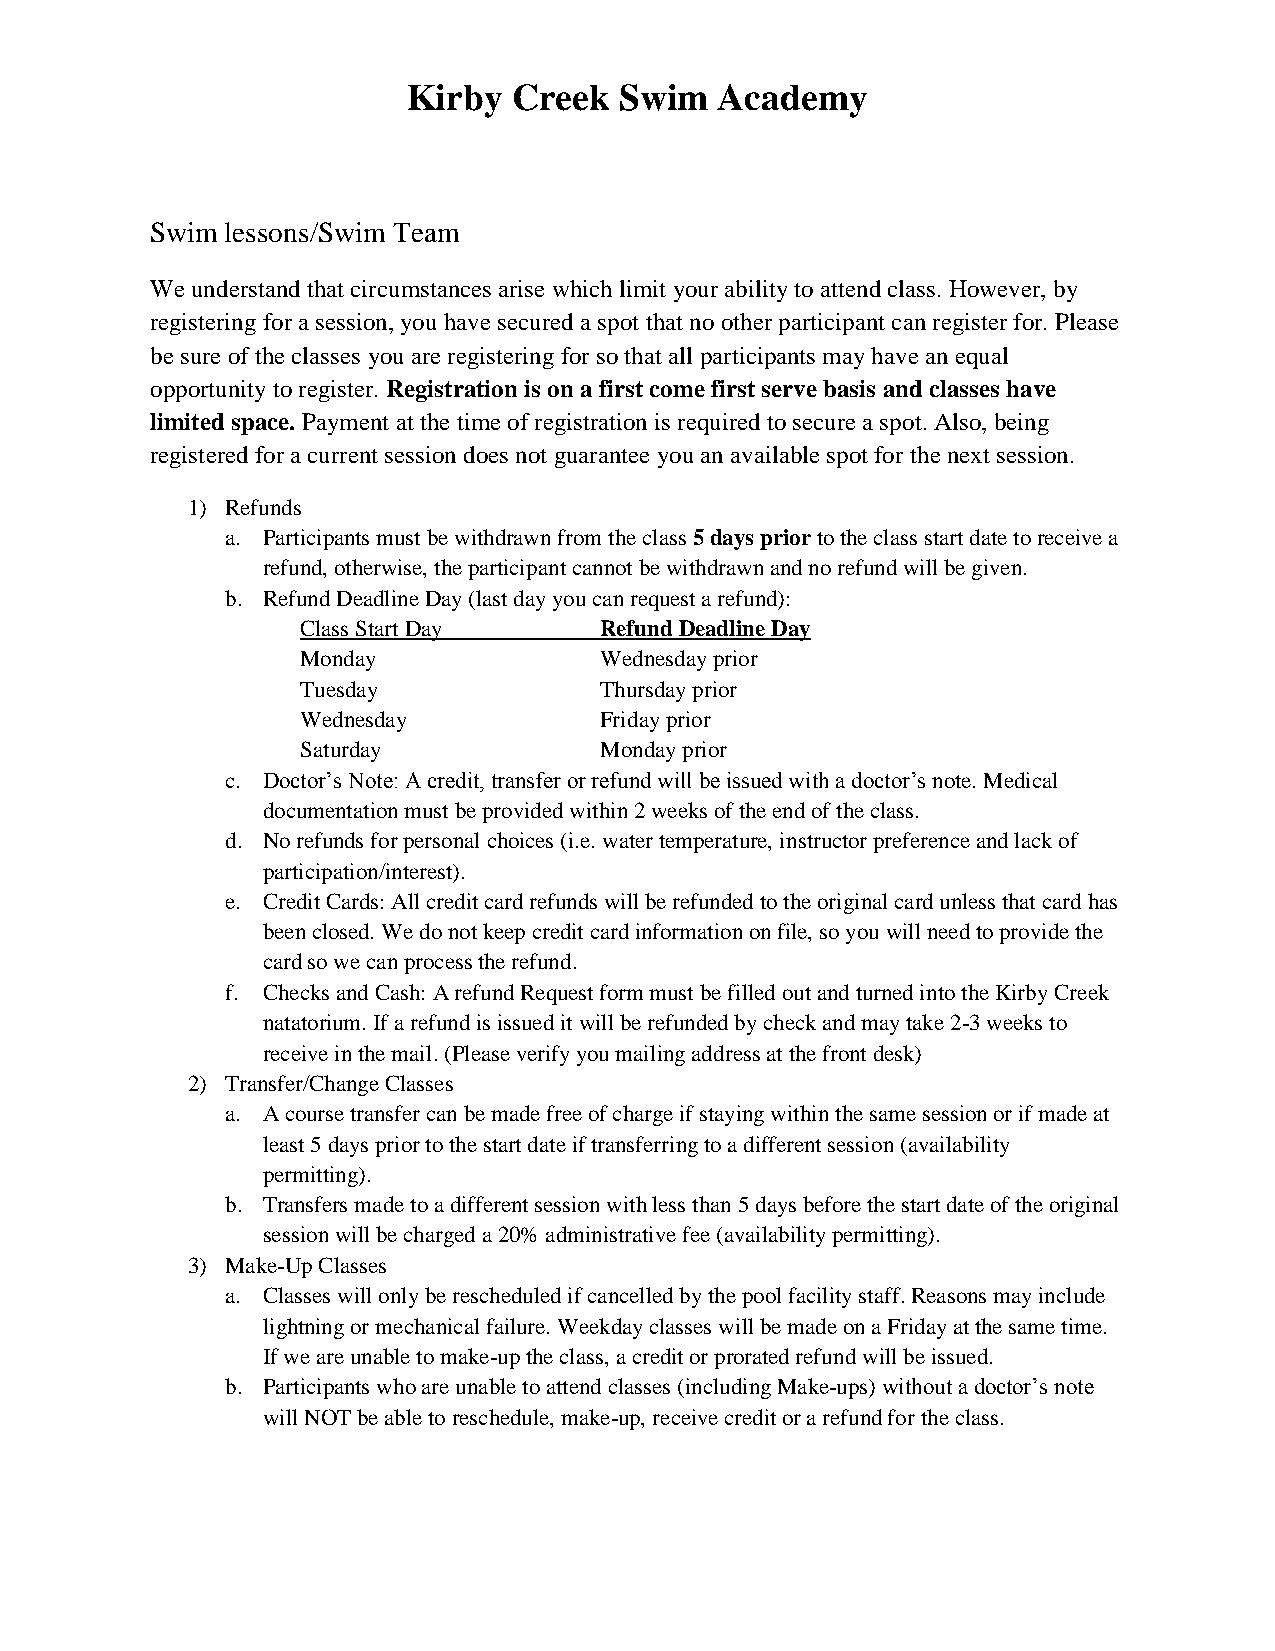
Kirby  Creek  Swim   Academy
 Swim lessons/Swim Team
 We understand that circumstances arise which limit your ability to attend class. However, by
 registering for a session, you have secured a spot that no other participant can register for. Please
 be sure of the classes you are registering for so that all participants may have an equal
 opportunity to register. Registration is on a first come first serve basis and classes have
 limited space. Payment at the time of registration is required to secure a spot. Also, being
 registered for a current session does not guarantee you an available spot for the next session.
 1) Refunds
 a. Participants must be withdrawn from the class 5 days prior to the class start date to receive a
 refund, otherwise, the participant cannot be withdrawn and no refund will be given.
 b. Refund Deadline Day (last day you can request a refund):
 Class Start Day     Refund Deadline Day
 Monday              Wednesday prior
 Tuesday             Thursday prior
 Wednesday           Friday prior
 Saturday            Monday prior
 c. Doctor’s Note: A credit, transfer or refund will be issued with a doctor’s note. Medical
 documentation must be provided within 2 weeks of the end of the class.
 d. No refunds for personal choices (i.e. water temperature, instructor preference and lack of
 participation/interest).
 e. Credit Cards: All credit card refunds will be refunded to the original card unless that card has
 been closed. We do not keep credit card information on file, so you will need to provide the
 card so we can process the refund.
 f. Checks and Cash: A refund Request form must be filled out and turned into the Kirby Creek
 natatorium. If a refund is issued it will be refunded by check and may take 2-3 weeks to
 receive in the mail. (Please verify you mailing address at the front desk)
 2) Transfer/Change Classes
 a. A course transfer can be made free of charge if staying within the same session or if made at
 least 5 days prior to the start date if transferring to a different session (availability
 permitting).
 b. Transfers made to a different session with less than 5 days before the start date of the original
 session will be charged a 20% administrative fee (availability permitting).
 3) Make-Up Classes
 a. Classes will only be rescheduled if cancelled by the pool facility staff. Reasons may include
 lightning or mechanical failure. Weekday classes will be made on a Friday at the same time.
 If we are unable to make-up the class, a credit or prorated refund will be issued.
 b. Participants who are unable to attend classes (including Make-ups) without a doctor’s note
 will NOT be able to reschedule, make-up, receive credit or a refund for the class.